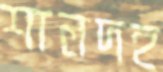
শালদহ